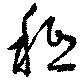
秪